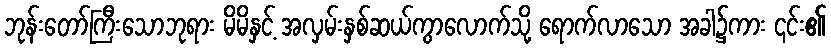
ဘုန်းတော်ကြီးသောဘုရား မိမိနှင့် အလှမ်းနှစ်ဆယ်ကွာလောက်သို့ ရောက်လာသော အခါ၌ကား ၎င်း၏